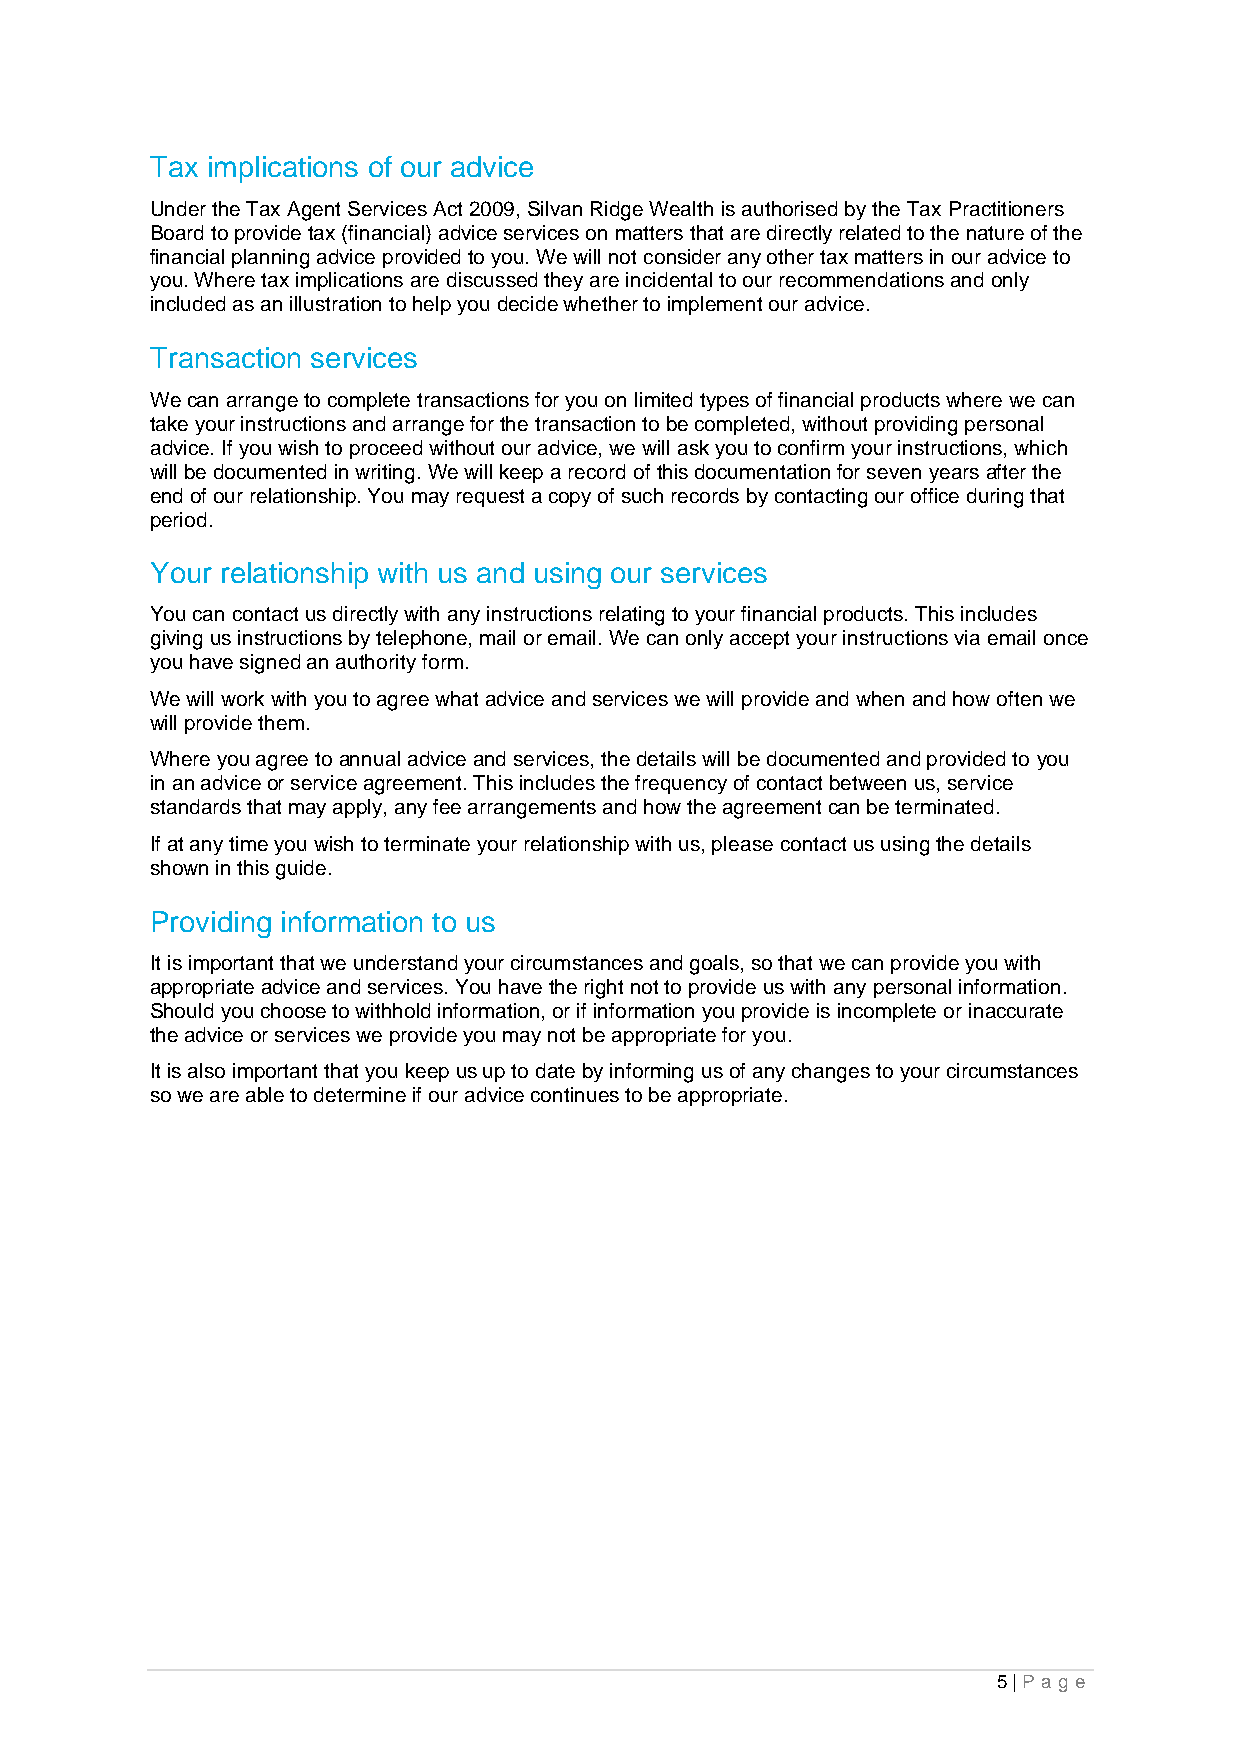
Tax implications of our advice
 Under the Tax Agent Services Act 2009, Silvan Ridge Wealth is authorised by the Tax Practitioners
 Board to provide tax (financial) advice services on matters that are directly related to the nature of the
 financial planning advice provided to you. We will not consider any other tax matters in our advice to
 you. Where tax implications are discussed they are incidental to our recommendations and only
 included as an illustration to help you decide whether to implement our advice.
 Transaction services
 We can arrange to complete transactions for you on limited types of financial products where we can
 take your instructions and arrange for the transaction to be completed, without providing personal
 advice. If you wish to proceed without our advice, we will ask you to confirm your instructions, which
 will be documented in writing. We will keep a record of this documentation for seven years after the
 end of our relationship. You may request a copy of such records by contacting our office during that
 period.
 Your relationship with us and using our services
 You can contact us directly with any instructions relating to your financial products. This includes
 giving us instructions by telephone, mail or email. We can only accept your instructions via email once
 you have signed an authority form.
 We will work with you to agree what advice and services we will provide and when and how often we
 will provide them.
 Where you agree to annual advice and services, the details will be documented and provided to you
 in an advice or service agreement. This includes the frequency of contact between us, service
 standards that may apply, any fee arrangements and how the agreement can be terminated.
 If at any time you wish to terminate your relationship with us, please contact us using the details
 shown in this guide.
 Providing information to us
 It is important that we understand your circumstances and goals, so that we can provide you with
 appropriate advice and services. You have the right not to provide us with any personal information.
 Should you choose to withhold information, or if information you provide is incomplete or inaccurate
 the advice or services we provide you may not be appropriate for you.
 It is also important that you keep us up to date by informing us of any changes to your circumstances
 so we are able to determine if our advice continues to be appropriate.
 5 | Pa g e